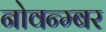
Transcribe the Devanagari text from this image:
नोवन्म्बर